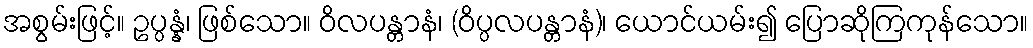
အစွမ်းဖြင့်။ ဥပ္ပန္နံ၊ ဖြစ်သော။ ဝိလပန္တာနံ၊ (ဝိပ္ပလပန္တာနံ)၊ ယောင်ယမ်း၍ ပြောဆိုကြကုန်သော။